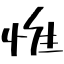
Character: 惟